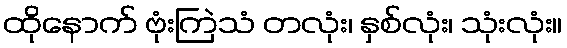
ထိုနောက် ဗုံးကြဲသံ တလုံး၊ နှစ်လုံး၊ သုံးလုံး။